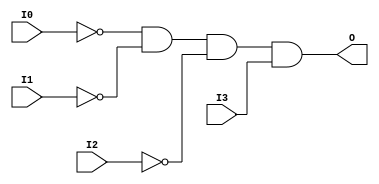
module AND4B3 (O, I0, I1, I2, I3);

    output O;

    input  I0, I1, I2, I3;

    wire i0_inv;
    wire i1_inv;
    wire i2_inv;

    not N2 (i2_inv, I2);
    not N1 (i1_inv, I1);
    not N0 (i0_inv, I0);
    and A1 (O, i0_inv, i1_inv, i2_inv, I3);


endmodule